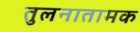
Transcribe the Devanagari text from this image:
तुलनातामक